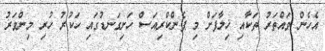
އެހެން ވައްތަރު ތަކާއި ޚިލާފަށް މި ޕެންކްރިއަސް ހަށިގަނޑުގައި ހަކުރު ހުރި މިންވަރު